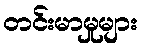
တင်းမာမှုများ